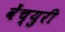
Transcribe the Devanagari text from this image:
वेंच्युरी